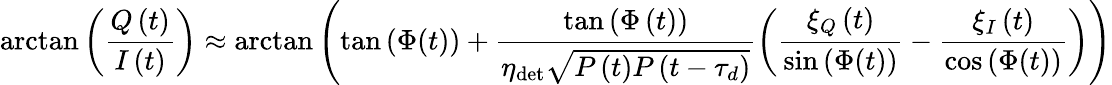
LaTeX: \arctan\left(\frac{Q\left(t\right)}{I\left(t\right)}\right)\approx\arctan\left(\tan{\left(\Phi(t)\right)}+\frac{\tan{\left(\Phi\left(t\right)\right)}}{\eta_{\mathrm{det}}\sqrt{P\left(t\right)P\left(t-\tau_{d}\right)}}\left(\frac{\xi_{Q}\left(t\right)}{\sin{\left(\Phi(t)\right)}}-\frac{\xi_{I}\left(t\right)}{\cos{\left(\Phi(t)\right)}}\right)\right)